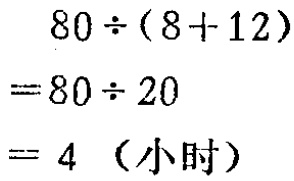
\[

\begin{align*}

80\div(8 + 12)&=80\div20\\

&= 4\ (\text{小时})

\end{align*}

\]